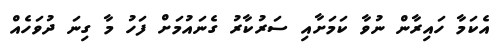
އެކަމާ ހައިރާން ނުވާ ކަމަށާއި ސަރުކާރު ގެނައުމަށް ފަހު މާ ގިނަ ދުވަހެއް